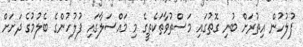
ފުލުހުން އިތުރަށް ބުނި ގޮތުގައި މަސްތުވާތަކެތީގެ މި މައްސަލާގައި ފުލުހުންގެ ބެލުމުގެ ދަށަށް